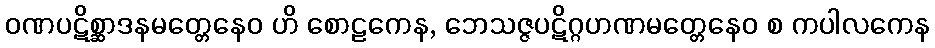
ဝဏပဋိစ္ဆာဒနမတ္တေနေဝ ဟိ စောဠကေန, ဘေသဇ္ဇပဋိဂ္ဂဟဏမတ္တေနေဝ စ ကပါလကေန